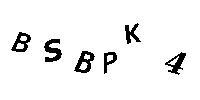
BSBPK4